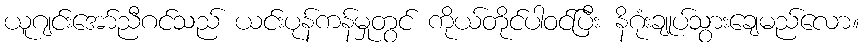
ယူဂျင်းအော်ညီဂင်သည် ယင်းပုန်ကန်မှုတွင် ကိုယ်တိုင်ပါဝင်ပြီး နိဂုံးချုပ်သွားချေမည်လော။